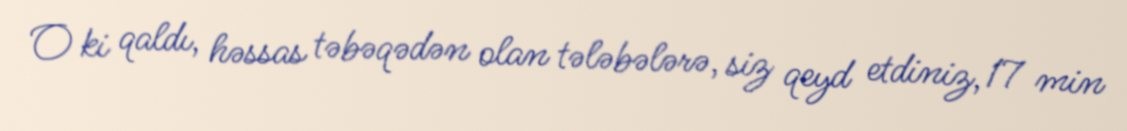
O ki qaldı, həssas təbəqədən olan tələbələrə, siz qeyd etdiniz, 17 min